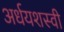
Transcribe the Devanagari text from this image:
अर्धयशस्वी